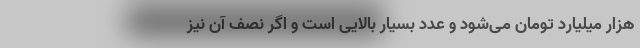
هزار میلیارد تومان می‌شود و عدد بسیار بالایی است و اگر نصف آن نیز